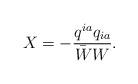
LaTeX: \begin{align*}X=-\frac{q^{ia}q_{ia}}{\bar W W}.\end{align*}